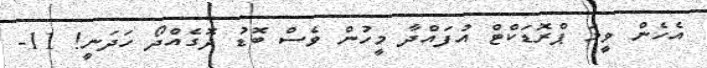
އެހެން ވީމަ ޕްރޮޑަކްޓް އުފައްދާ މީހުން ވެސް ބޮޑު ދޮގެއްދޯ ހަދަނީ! 11-